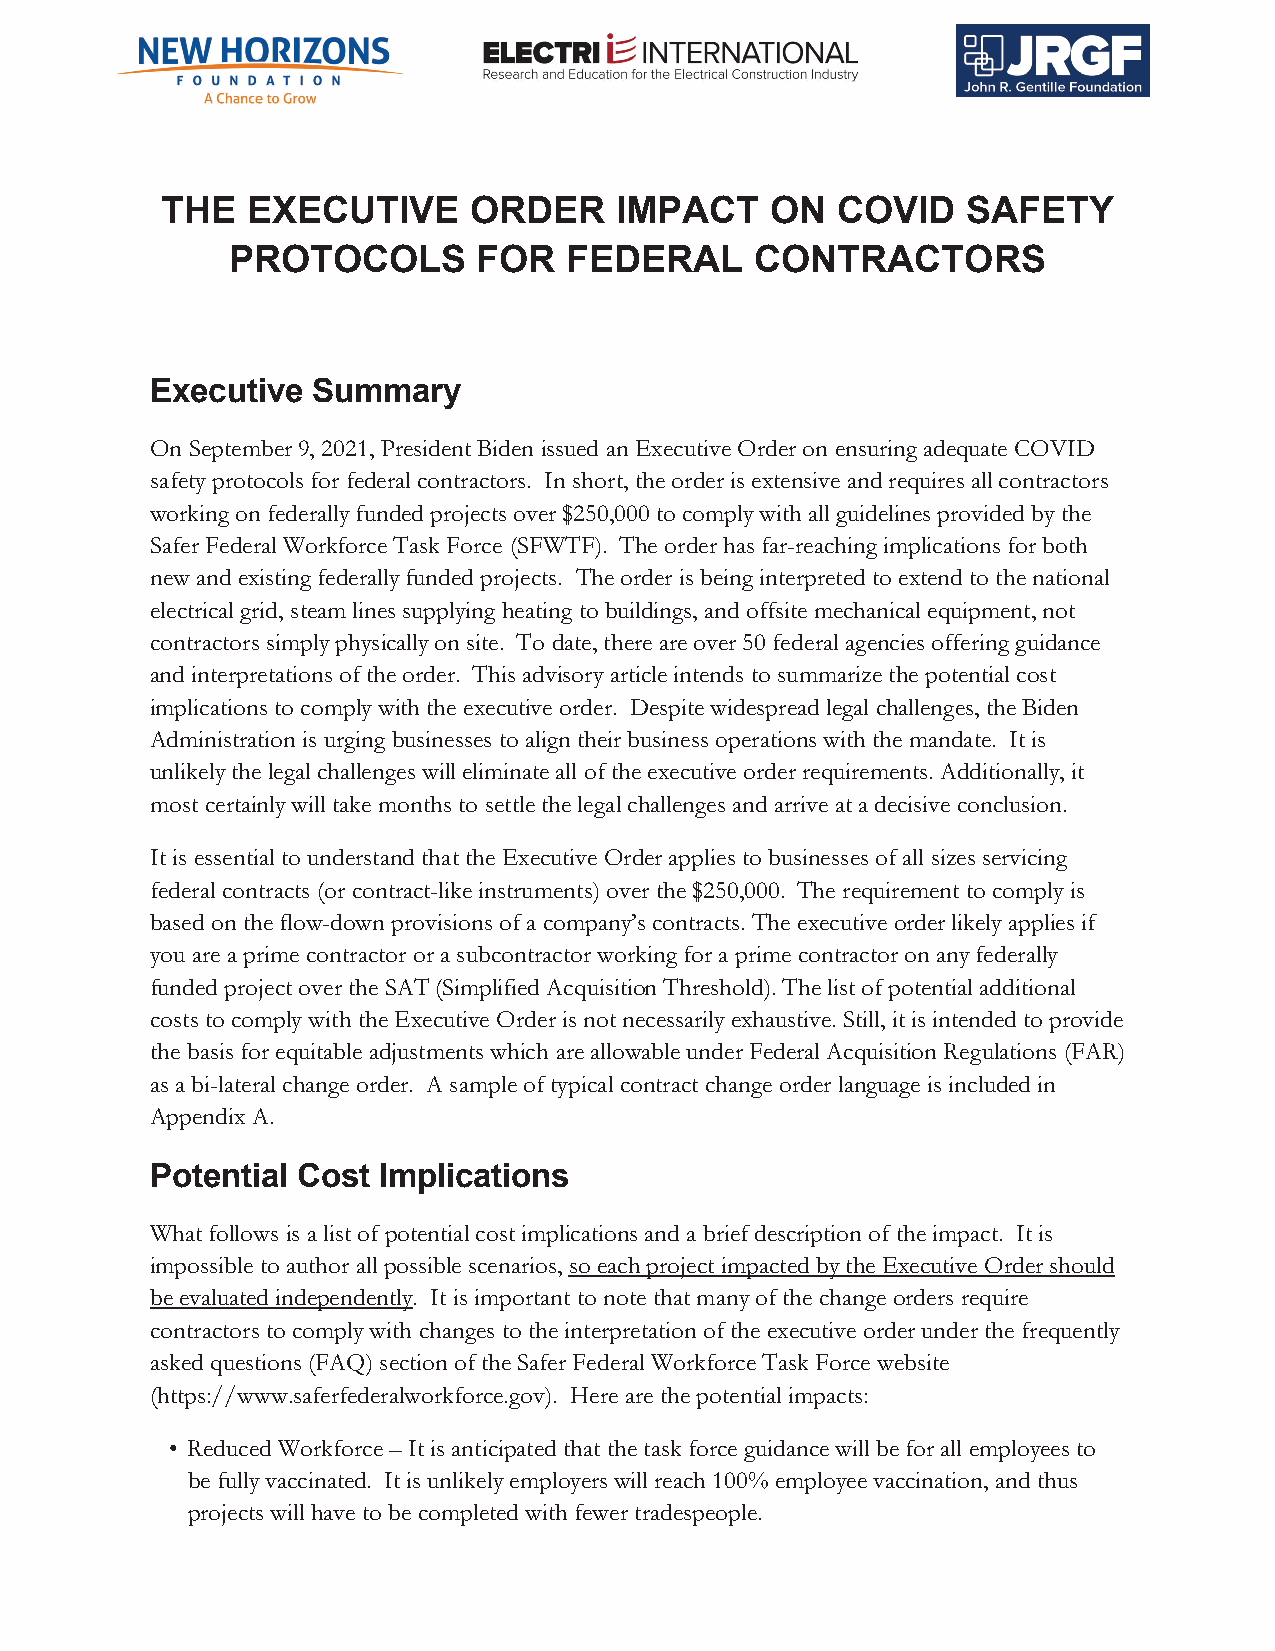
THE  EXECUTIVE      ORDER     IMPACT    ON  COVID    SAFETY
 PROTOCOLS        FOR   FEDERAL     CONTRACTORS
 Executive  Summary
 On September 9, 2021, President Biden issued an Executive Order on ensuring adequate COVID
 safety protocols for federal contractors. In short, the order is extensive and requires all contractors
 working on federally funded projects over $250,000 to comply with all guidelines provided by the
 Safer Federal Workforce Task Force (SFWTF). The order has far-reaching implications for both
 new and existing federally funded projects. The order is being interpreted to extend to the national
 electrical grid, steam lines supplying heating to buildings, and offsite mechanical equipment, not
 contractors simply physically on site. To date, there are over 50 federal agencies offering guidance
 and interpretations of the order. This advisory article intends to summarize the potential cost
 implications to comply with the executive order. Despite widespread legal challenges, the Biden
 Administration is urging businesses to align their business operations with the mandate. It is
 unlikely the legal challenges will eliminate all of the executive order requirements. Additionally, it
 most certainly will take months to settle the legal challenges and arrive at a decisive conclusion.
 It is essential to understand that the Executive Order applies to businesses of all sizes servicing
 federal contracts (or contract-like instruments) over the $250,000. The requirement to comply is
 based on the flow-down provisions of a company’s contracts. The executive order likely applies if
 you are a prime contractor or a subcontractor working for a prime contractor on any federally
 funded project over the SAT (Simplified Acquisition Threshold). The list of potential additional
 costs to comply with the Executive Order is not necessarily exhaustive. Still, it is intended to provide
 the basis for equitable adjustments which are allowable under Federal Acquisition Regulations (FAR)
 as a bi-lateral change order. A sample of typical contract change order language is included in
 Appendix A.
 Potential Cost Implications
 What follows is a list of potential cost implications and a brief description of the impact. It is
 impossible to author all possible scenarios, so each project impacted by the Executive Order should
 be evaluated independently. It is important to note that many of the change orders require
 contractors to comply with changes to the interpretation of the executive order under the frequently
 asked questions (FAQ) section of the Safer Federal Workforce Task Force website
 (https://www.saferfederalworkforce.gov). Here are the potential impacts:
 • Reduced Workforce – It is anticipated that the task force guidance will be for all employees to
 be fully vaccinated. It is unlikely employers will reach 100% employee vaccination, and thus
 projects will have to be completed with fewer tradespeople.